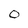
Character: 0